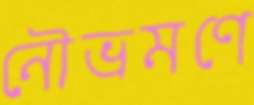
নৌভ্রমণে